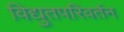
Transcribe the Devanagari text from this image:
विद्युतपरिवर्तन